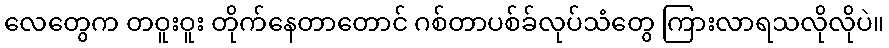
လေတွေက တဝူးဝူး တိုက်နေတာတောင် ဂစ်တာပစ်ခ်လုပ်သံတွေ ကြားလာရသလိုလိုပဲ။